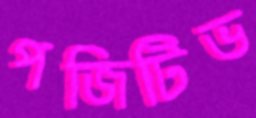
পজিটিভ